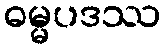
ဓမ္မပဒဿ